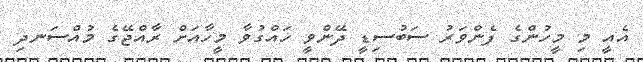
އެއީ މި މީހުންގެ ފެންވަރު ސަބުސިޑީ ދޭންވީ ހައްގުވާ މީހާއަށް ރާއްޖޭގެ މުއްސަނދި